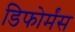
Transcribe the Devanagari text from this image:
डिफोर्मंस